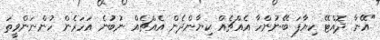
"އޭނާ ދޮއްޓޭ ކިޔާފަ ބޭނުންހާ އެއްޗެއް ކިޔާންދެން އެއްޗެއް ނުބުނެ އަހަރެން ހުންނަންވީތަ